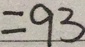
= 9 3